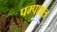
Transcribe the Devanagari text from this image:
पम्पाक्षेत्र